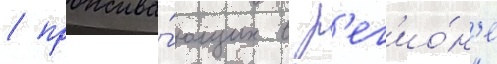
/ прожива́ющих в р'ег'ио́н'е